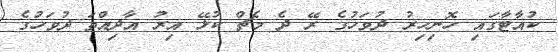
ކުއާޓާގައި ހޮނިހިރު ދުވަހުގެ ރޭ ދެ މެޗް ކުޅޭ އިރު އާދިއްތަ ދުވަހުގެ